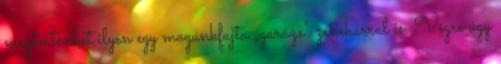
megtörténhet ilyen egy magunkfajta „garázs” zenekarral is. Végre úgy